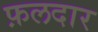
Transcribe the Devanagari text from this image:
फ़लदार